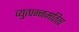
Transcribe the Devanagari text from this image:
व्युत्पन्नमतित्व